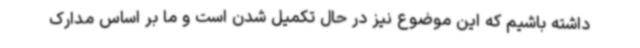
داشته باشیم که این موضوع نیز در حال تکمیل شدن است و ما بر اساس مدارک